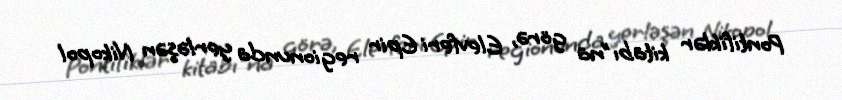
Pontifiklər kitabı"na görə, Elevferi Epir regionunda yerləşən Nikopol